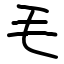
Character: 毛